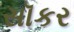
સૉકર